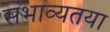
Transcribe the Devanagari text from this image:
संभाव्यतया